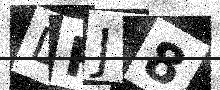
Text: DRJ8